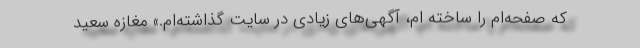
که صفحه‌ام را ساخته ام، آگهی‌های زیادی در سایت گذاشته‌ام.» مغازه سعید